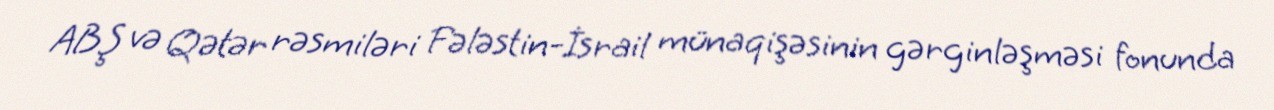
ABŞ və Qətər rəsmiləri Fələstin-İsrail münaqişəsinin gərginləşməsi fonunda